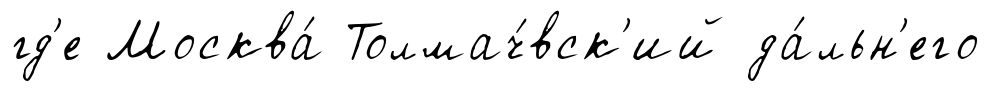
гд'е Москва́ Толмач́вск'ий да́льн'его